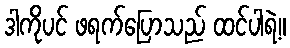
ဒါကိုပင် ဖရက်ပြောသည် ထင်ပါရဲ့။